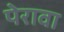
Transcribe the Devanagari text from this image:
पेरावा